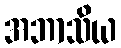
အဘာသိယ